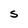
Character: S